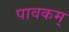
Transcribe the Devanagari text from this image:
पावकम्